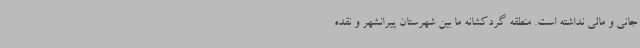
جانی و مالی نداشته است. منطقه گردکشانه ما بین شهرستان پیرانشهر و نقده